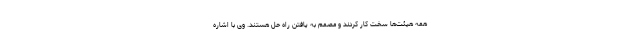
همه هیئت‌ها سخت کار کردند و مصمم به یافتن راه حل هستند. وی با اشاره